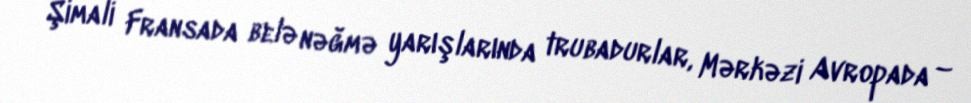
Şimali Fransada belə nəğmə yarışlarında trubadurlar, Mərkəzi Avropada –